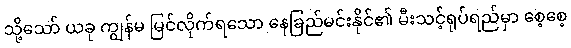
သို့သော် ယခု ကျွန်မ မြင်လိုက်ရသော နေခြည်မင်းနိုင်၏ မီးသင့်ရုပ်ရည်မှာ စေ့စေ့